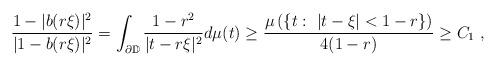
LaTeX: \begin{align*} \frac{1-|b(r\xi)|^2}{|1-b(r\xi)|^2}=\int_{\partial \mathbb{D}} \frac{1-r^2}{|t-r\xi|^2}d\mu(t)\geq \frac{\mu\left(\{ t:\ |t-\xi|<1-r\}\right)}{4(1-r)}\geq C_1\ ,\end{align*}